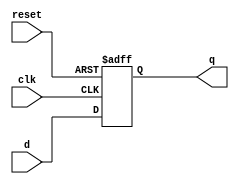
module d_ff(q, d, clk, reset);
    output q;
    input d, clk, reset;
    reg q;
    always @(posedge clk or negedge reset)
        if(!reset)
            q = 1'b0;
        else
            q = d;
endmodule

module reg_32bit(q, d, clk, reset);
    output [31:0] q;
    input [31:0] d;
    input clk, reset;

    genvar j;

    generate for(j = 0; j < 32; j = j + 1) begin
       d_ff d1(q[j], d[j], clk, reset); 
    end
    endgenerate
endmodule


module mux32_1(regData, q0, q1, q2, q3, q4, q5, q6, q7, q8, q9, q10, q11, q12, q13, q14, q15, q16, q17, q18, q19, q20, q21, q22, q23, q24, q25, q26, q27, q28, q29, q30, q31, sel);
    output [31:0] regData;
    input[31:0] q0, q1, q2, q3, q4, q5, q6, q7, q8, q9, q10, q11, q12, q13, q14, q15, q16, q17, q18, q19, q20, q21, q22, q23, q24, q25, q26, q27, q28, q29, q30, q31;
    input [4:0] sel;
    reg[31:0] regData;

    always @(q0, q1, q2, q3, q4, q5, q6, q7, q8, q9, q10, q11, q12, q13, q14, q15, q16, q17, q18, q19, q20, q21, q22, q23, q24, q25, q26, q27, q28, q29, q30, q31, sel)
    begin
        case(sel)
        5'b00000: regData = q0;
        5'b00001: regData = q1;
        5'b00010: regData = q2;
        5'b00011: regData = q3;
        5'b00100: regData = q4;
        5'b00101: regData = q5;
        5'b00110: regData = q6;
        5'b00111: regData = q7;
        5'b01000: regData = q8;
        5'b01001: regData = q9;
        5'b01010: regData = q10;
        5'b01011: regData = q11;
        5'b01100: regData = q12;
        5'b01101: regData = q13;
        5'b01110: regData = q14;
        5'b01111: regData = q15;
        5'b10000: regData = q16;
        5'b10001: regData = q17;
        5'b10010: regData = q18;
        5'b10011: regData = q19;
        5'b10100: regData = q20;
        5'b10101: regData = q21;
        5'b10110: regData = q22;
        5'b10111: regData = q23;
        5'b11000: regData = q24;
        5'b11001: regData = q25;
        5'b11010: regData = q26;
        5'b11011: regData = q27;
        5'b11100: regData = q28;
        5'b11101: regData = q29;
        5'b11110: regData = q30;
        5'b11111: regData = q31;
        endcase
    end
endmodule


module decoder5_32(register, reg_no);
    output [31:0] register;
    input [4:0] reg_no;
    reg[31:0] register;

    always@(reg_no)
    begin 
        case(reg_no)
        5'b00000: register = 32'h00000001;
        5'b00001: register = 32'h00000002;
        5'b00010: register = 32'h00000004;
        5'b00011: register = 32'h00000008;
        5'b00100: register = 32'h00000010;
        5'b00101: register = 32'h00000020;
        5'b00110: register = 32'h00000040;
        5'b00111: register = 32'h00000080;
        5'b01000: register = 32'h00000100;
        5'b01001: register = 32'h00000200;
        5'b01010: register = 32'h00000400;
        5'b01011: register = 32'h00000800;
        5'b01100: register = 32'h00001000;
        5'b01101: register = 32'h00002000;
        5'b01110: register = 32'h00004000;
        5'b01111: register = 32'h00008000;
        5'b10000: register = 32'h00010000;
        5'b10001: register = 32'h00020000;
        5'b10010: register = 32'h00040000;
        5'b10011: register = 32'h00080000;
        5'b10100: register = 32'h00100010;
        5'b10101: register = 32'h00200000;
        5'b10110: register = 32'h00400000;
        5'b10111: register = 32'h00800000;
        5'b11000: register = 32'h01000000;
        5'b11001: register = 32'h02000000;
        5'b11010: register = 32'h04000000;
        5'b11011: register = 32'h08000000;
        5'b11100: register = 32'h10000000;
        5'b11101: register = 32'h20000000;
        5'b11110: register = 32'h40000000;
        5'b11111: register = 32'h80000000;
        endcase
    end
endmodule

module reg_file(clk, reset, ReadReg1, ReadReg2, WriteData, WriteReg, RegWrite, ReadData1, ReadData2);
    input clk, reset, RegWrite;
    input [4:0] ReadReg1, ReadReg2, WriteReg;
    input [31:0] WriteData;
    output [31:0] ReadData1, ReadData2; 
    wire [31:0] decoder_out;
    wire [31:0] reg_clk;
    genvar j;
    decoder5_32 mod1(decoder_out, WriteReg);
    wire [31:0] q0, q1, q2, q3, q4, q5, q6, q7, q8, q9, q10, q11, q12, q13, q14, q15, q16, q17, q18, q19, q20, q21, q22, q23, q24, q25, q26, q27, q28, q29, q30, q31;
    generate for(j =0; j< 32; j=  j+1) begin
        and(reg_clk[j], clk, RegWrite, decoder_out[j]);
    end
    endgenerate

    reg_32bit r0(q0, WriteData, reg_clk[0], reset);
    reg_32bit r1(q1, WriteData, reg_clk[1], reset);
    reg_32bit r2(q2, WriteData, reg_clk[2], reset);
    reg_32bit r3(q3, WriteData, reg_clk[3], reset);
    reg_32bit r4(q4, WriteData, reg_clk[3], reset);
    reg_32bit r5(q5, WriteData, reg_clk[3], reset);
    reg_32bit r6(q6, WriteData, reg_clk[3], reset);
    reg_32bit r7(q7, WriteData, reg_clk[3], reset);
    reg_32bit r8(q8, WriteData, reg_clk[3], reset);
    reg_32bit r9(q9, WriteData, reg_clk[3], reset);
    reg_32bit r10(q10, WriteData, reg_clk[3], reset);
    reg_32bit r11(q11, WriteData, reg_clk[3], reset);
    reg_32bit r12(q12, WriteData, reg_clk[3], reset);
    reg_32bit r13(q13, WriteData, reg_clk[3], reset);
    reg_32bit r14(q14, WriteData, reg_clk[3], reset);
    reg_32bit r15(q15, WriteData, reg_clk[3], reset);
    reg_32bit r16(q16, WriteData, reg_clk[3], reset);
    reg_32bit r17(q17, WriteData, reg_clk[3], reset);
    reg_32bit r18(q18, WriteData, reg_clk[3], reset);
    reg_32bit r19(q19, WriteData, reg_clk[3], reset);
    reg_32bit r20(q20, WriteData, reg_clk[3], reset);
    reg_32bit r21(q21, WriteData, reg_clk[3], reset);
    reg_32bit r22(q22, WriteData, reg_clk[3], reset);
    reg_32bit r23(q23, WriteData, reg_clk[3], reset);
    reg_32bit r24(q24, WriteData, reg_clk[3], reset);
    reg_32bit r25(q25, WriteData, reg_clk[3], reset);
    reg_32bit r26(q26, WriteData, reg_clk[3], reset);
    reg_32bit r27(q27, WriteData, reg_clk[3], reset);
    reg_32bit r28(q28, WriteData, reg_clk[3], reset);
    reg_32bit r29(q29, WriteData, reg_clk[3], reset);
    reg_32bit r30(q30, WriteData, reg_clk[3], reset);
    reg_32bit r31(q31, WriteData, reg_clk[3], reset);
    
    mux32_1 mux1(ReadData1, q0, q1, q2, q3, q4, q5, q6, q7, q8, q9, q10, q11, q12, q13, q14, q15, q16, q17, q18, q19, q20, q21, q22, q23, q24, q25, q26, q27, q28, q29, q30, q31, ReadReg1);
    mux32_1 mux2(ReadData2, q0, q1, q2, q3, q4, q5, q6, q7, q8, q9, q10, q11, q12, q13, q14, q15, q16, q17, q18, q19, q20, q21, q22, q23, q24, q25, q26, q27, q28, q29, q30, q31, ReadReg2);
endmodule